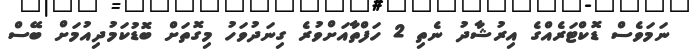
ނަމަވެސް ޑޮކްޓަރެއްގެ އިރުޝާދު ނެތި 2 ހަފްތާއަށްވުރެ ގިނަދުވަހު މިގޮތަށް ބޮޑުކަމުދިއުމަށް ބޭސް